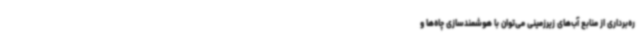
ره‌برداری از منابع آب‌های زیرزمینی می‌توان با هوشمندسازی چاه‌ها و